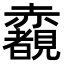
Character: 𧺃